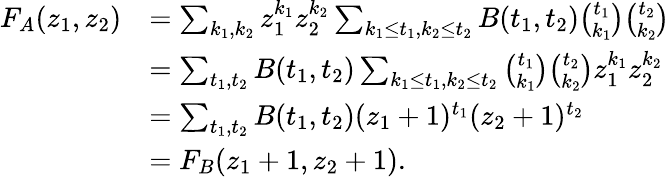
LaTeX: \begin{array}{rl}{F_{A}(z_{1},z_{2})}&{=\sum_{k_{1},k_{2}}z_{1}^{k_{1}}z_{2}^{k_{2}}\sum_{k_{1}\leq t_{1},k_{2}\leq t_{2}}B(t_{1},t_{2})\binom{t_{1}}{k_{1}}\binom{t_{2}}{k_{2}}}\\ &{=\sum_{t_{1},t_{2}}B(t_{1},t_{2})\sum_{k_{1}\leq t_{1},k_{2}\leq t_{2}}\binom{t_{1}}{k_{1}}\binom{t_{2}}{k_{2}}z_{1}^{k_{1}}z_{2}^{k_{2}}}\\ &{=\sum_{t_{1},t_{2}}B(t_{1},t_{2})(z_{1}+1)^{t_{1}}(z_{2}+1)^{t_{2}}}\\ &{=F_{B}(z_{1}+1,z_{2}+1).}\end{array}